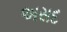
અસદ